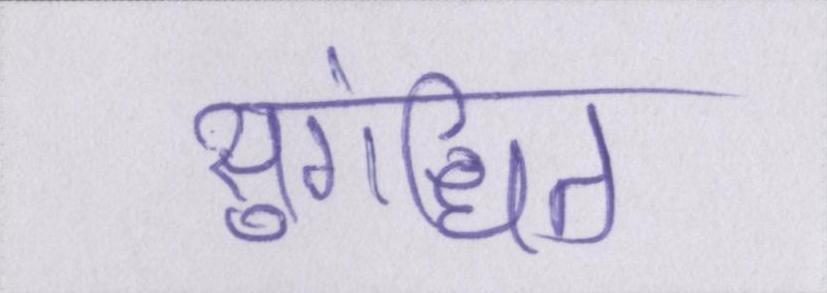
सुगंधित